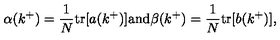
\alpha ( k ^ { + } ) = \frac { 1 } { N } \mathrm { t r } [ a ( k ^ { + } ) ] \mathrm { a n d } \beta ( k ^ { + } ) = \frac { 1 } { N } \mathrm { t r } [ b ( k ^ { + } ) ] ,